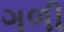
ગળી